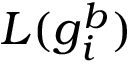
L ( g _ { i } ^ { b } )